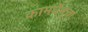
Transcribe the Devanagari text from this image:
कामधेनूचा